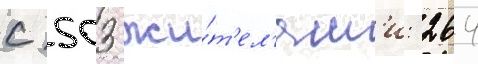
с 503 жи́т'ел'ям'и: 264